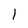
Character: l